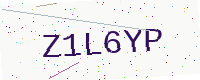
Text: Z1L6YP